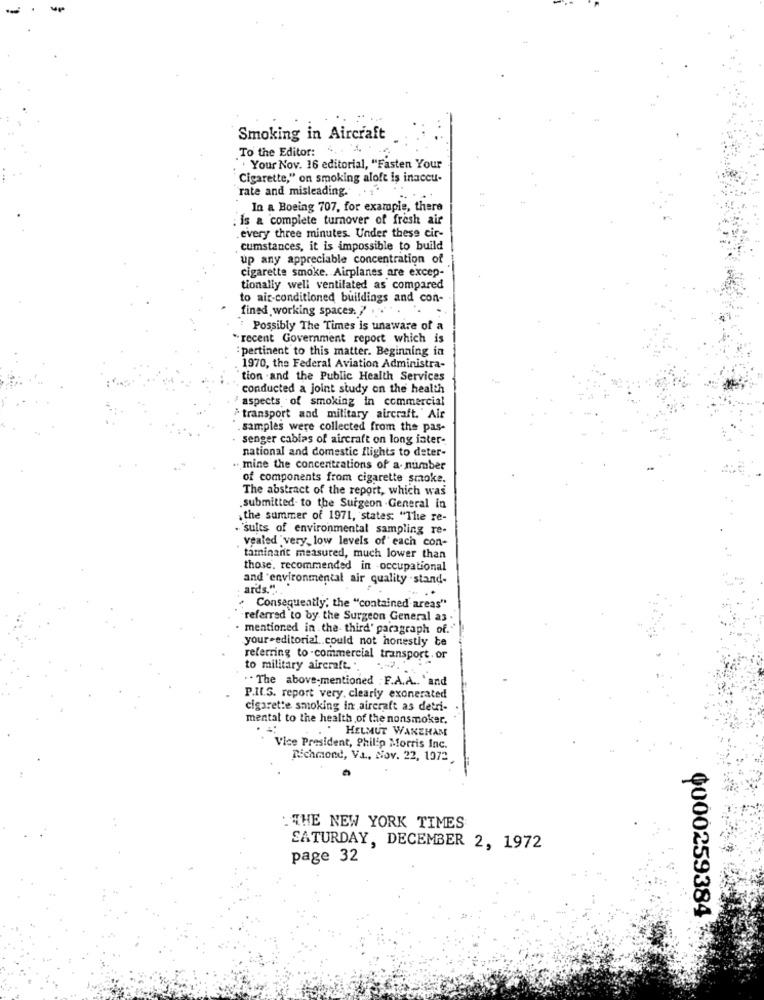
Smoking in Aircraft
To the Editor: 4. . 4.
"Your Nov. 16 editorial, "Fasten Your
Cigarette," on smoking aloft is inaccu-
rate and misleading.
In a Boeing 707, for example, there
is a complete turnover of fresh air
. every three minutes. Under these cir-
. cumstances, it is impossible to build
up any appreciable concentration of
cigarette smoke. Airplanes are excep-
tionally well ventilated as compared
to air-conditioned buildings and con-
fined working spaces. ? ... . .
Possibly The Times is unaware of a
"recent Government report which is
: pertinent to this matter. Beginning in
1970, the Federal Aviation Administra-
tion and the Public Health Services
conducted a joint study on the health
F aspects of smoking in commercial
transport and military aircraft.' Air
. samples were collected from the pas-
senger cablas of aircraft on long ister-
national and domestic flights to deter-
.. mine the concentrations of a- number
of components from cigarette smoke.
The abstract of the report, which was
.submitted. to the Surgeon General in
the summer of 1971, states: "The re-
. sults of environmental sampling re-
vealed very, low levels of each con-
taminant measured, much lower than
those. recommended in occupational
and environmental air quality .stand-
ards.".
..
Consequently; the "contained areas"
referred to by the Surgeon General as
mentioned in the third' paragraph of.
your-editorial .. could not honestly te
referring to -commercial transport. or
to military aircraft. ".
.. The above-mentioned : F.A.A .. " and
P.II.S. report very. clearly exonerated
cigarette smoking in aircraft as detri-
mental to the health of the nonsmoker.
. HELMUT WAKEHAM
Vice President, Philip Morris Inc.
Richmond, Va ., Nov. 22, 1972
:THE NEW YORK TIMES
SATURDAY, DECEMBER 2, 1972
page 32
0000259384